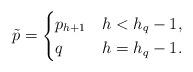
LaTeX: \begin{align*}\tilde{p}=\begin{cases} p_{h+1}&h<h_{q}-1,\\ q&h=h_{q}-1.\end{cases}\end{align*}